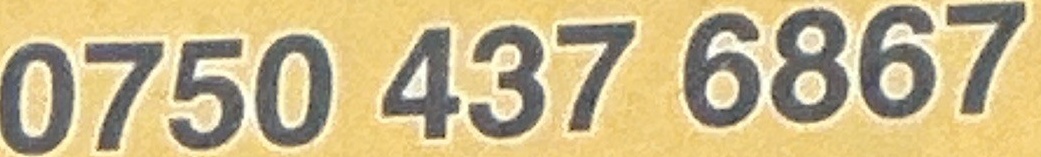
0750 437 6867